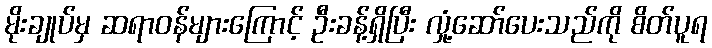
မိုးချုပ်မှ ဆရာဝန်များကြောင့် ဦးခန့်ရှိပြီး လှုံ့ဆော်ပေးသည်ကို စိတ်ပူရ